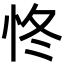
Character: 㤏